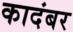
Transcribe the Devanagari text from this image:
कादंबर